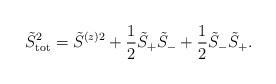
LaTeX: \begin{align*}\tilde{S}_{\mathrm{tot}}^2=\tilde{S}^{(z)2}+\frac{1}{2}\tilde{S}_+\tilde{S}_-+\frac{1}{2}\tilde{S}_-\tilde{S}_+.\end{align*}